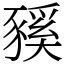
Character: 豯